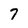
Character: 7